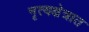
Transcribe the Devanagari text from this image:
नृत्यक्षेत्रात